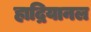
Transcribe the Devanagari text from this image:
हाद्रियानल